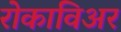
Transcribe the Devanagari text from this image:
रोकाविअर